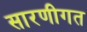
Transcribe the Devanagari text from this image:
सारणीगत